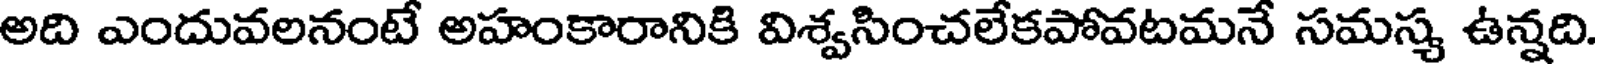
అది ఎందువలనంటే అహంకారానికి విశ్వసించలేకపోవటమనే సమస్య ఉన్నది